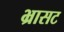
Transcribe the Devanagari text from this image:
भ्रासट